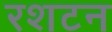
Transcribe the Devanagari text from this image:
रशटन